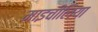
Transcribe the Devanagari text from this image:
माइचीलिया